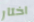
اختار